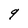
Character: 9